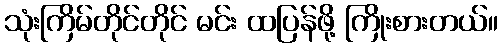
သုံးကြိမ်တိုင်တိုင် မင်း ထပြန်ဖို့ ကြိုးစားတယ်။